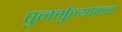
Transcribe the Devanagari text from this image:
पुनर्मुल्यांकन